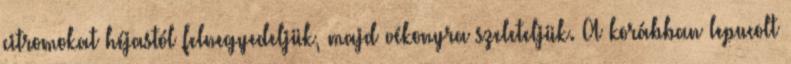
citromokat héjastól felnegyedeljük, majd vékonyra szeleteljük. A korábban lepucolt